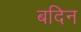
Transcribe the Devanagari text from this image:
बदिन